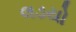
લડયો